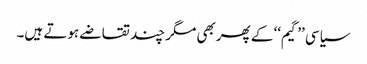
سیاسی ’’گیم‘‘ کے پھربھی مگر چند تقاضے ہوتے ہیں۔